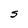
Character: S